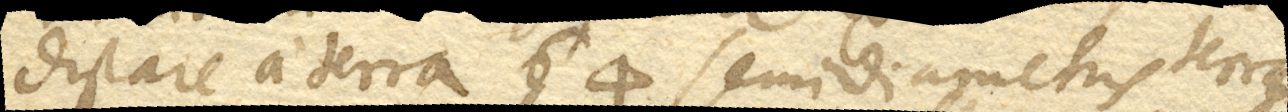
distare a terra 64 semidiametris terrae.